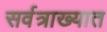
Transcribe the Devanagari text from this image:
सर्वत्राख्यात